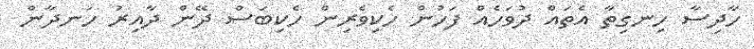
ހާދިސާ ހިނގިތާ އެތައް ދުވަހެއް ފަހުން ހެކިވެރިން ހެކިބަސް ދޭން ދާއިރު ހަނދާން